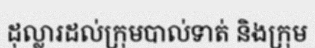
ដុល្លារដល់ក្រុមបាល់ទាត់ និងក្រុម